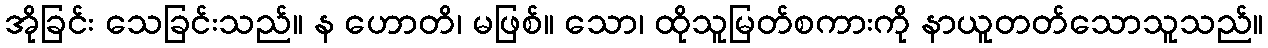
အိုခြင်း သေခြင်းသည်။ န ဟောတိ၊ မဖြစ်။ သော၊ ထိုသူမြတ်စကားကို နာယူတတ်သောသူသည်။